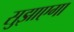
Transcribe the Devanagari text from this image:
सुझाएगा